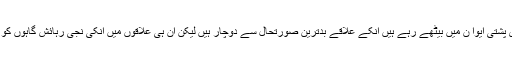
پاکستان میں کتنے ہی ایسے سیاستدان ہیں جو جدی پشتی ایوا ن میں بیٹھے رہے ہیں انکے علاقے بدترین صورتحال سے دوچار ہیں لیکن ان ہی علاقوں میں انکی نجی رہائش گاہوں کو دیکھ لیجئے کسی شاہی محلات سے کم نہیں ہیں ۔